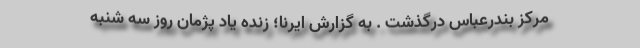
مرکز بندرعباس درگذشت . به گزارش ایرنا؛ زنده یاد پژمان روز سه شنبه